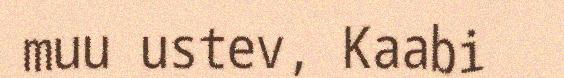
muu ustev, Kaabi